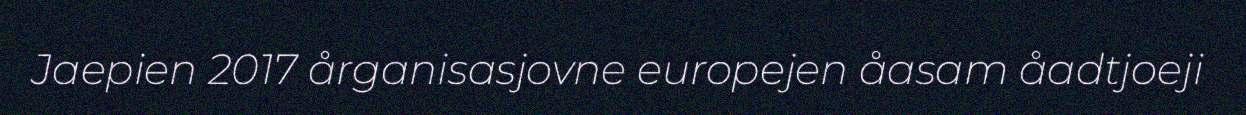
Jaepien 2017 årganisasjovne europejen åasam åadtjoeji